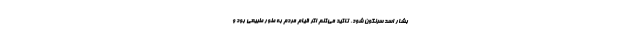
بشار اسد سرنگون شود. تاکید می‌کنم اگر قیام مردم به طور طبیعی بود و